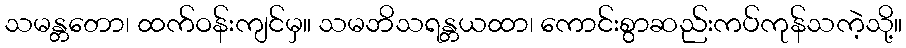
သမန္တတော၊ ထက်ဝန်းကျင်မှ။ သမဘိသရန္တယထာ၊ ကောင်းစွာဆည်းကပ်ကုန်သကဲ့သို့။